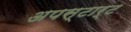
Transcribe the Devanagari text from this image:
अपस्टार्ट